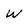
Character: W